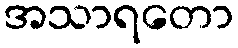
အသာရတော